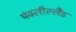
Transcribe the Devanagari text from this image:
मंक्लील्लैंड